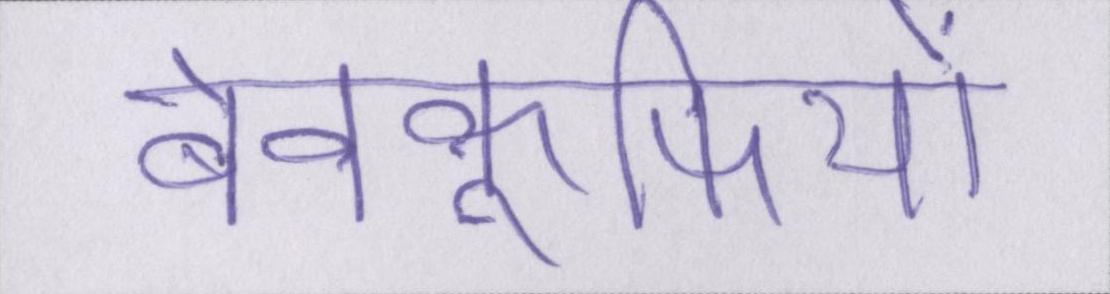
बेवकूफियों